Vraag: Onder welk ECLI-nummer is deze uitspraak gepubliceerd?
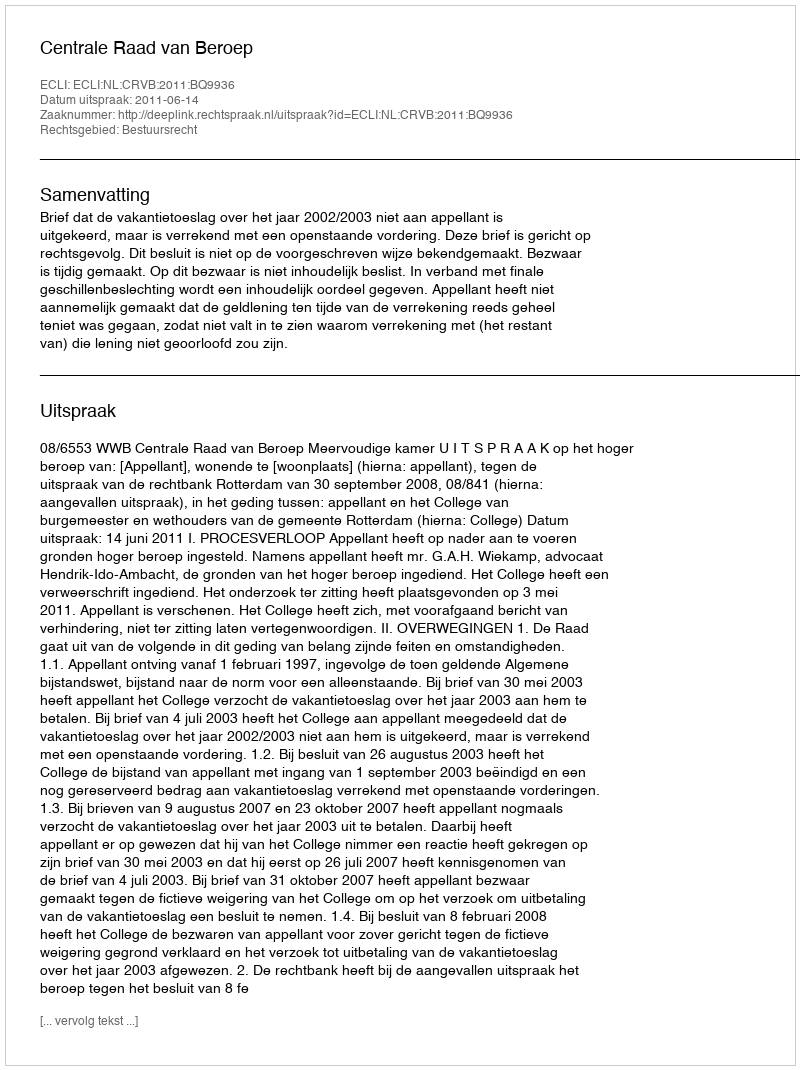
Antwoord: ECLI:NL:CRVB:2011:BQ9936